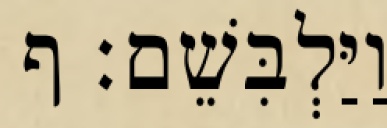
וַיַּלְבִּשֵׁם׃ ף